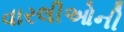
વારલીઓની